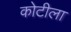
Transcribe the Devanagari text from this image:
कोटीला